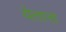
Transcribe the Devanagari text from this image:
येतात्त